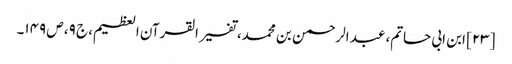
[۲۳] ابن ابی حاتم، عبد الرحمن بن محمد، تفسیر القرآن العظیم، ج ۹، ص ۱۴۹۔